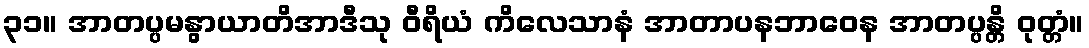
၃၁။ အာတပ္ပမနွာယာတိအာဒီသု ဝီရိယံ ကိလေသာနံ အာတာပနဘာဝေန အာတပ္ပန္တိ ဝုတ္တံ။